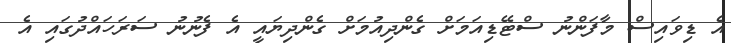
އެ ޑިވައިސް މާފަންނު ސްޓޭޑިއަމަަށް ގެންދިއުމަށް ގެންދިޔައީ އެ ފެނުނު ސަރަހައްދުގައި އެ